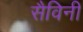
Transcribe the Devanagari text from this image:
सैविनी